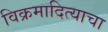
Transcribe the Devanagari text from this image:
विक्रमादित्याचा